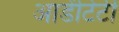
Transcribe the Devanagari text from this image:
आडेंटिटी